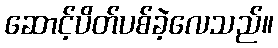
ဆောင့်ပိတ်ပစ်ခဲ့လေသည်။